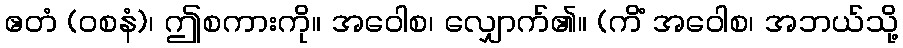
ဧတံ (ဝစနံ)၊ ဤစကားကို။ အဝေါစ၊ လျှောက်၏။ (ကိံ အဝေါစ၊ အဘယ်သို့